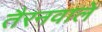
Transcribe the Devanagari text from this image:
तैरनवाले